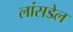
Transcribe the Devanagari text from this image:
लांसडेल